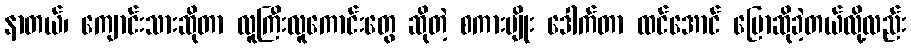
နာတယ်၊ ကျောင်းသားဆိုတာ လူကြီးလူကောင်းတွေ ဆိုတဲ့ စကားမျိုး ဒေါက်တာ ထင်အောင် ပြောဆိုခဲ့တယ်လို့လည်း